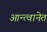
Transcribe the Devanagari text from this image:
आन्त्वानेत